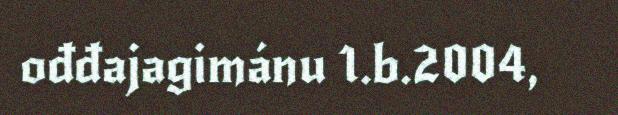
ođđajagimánu 1.b.2004,